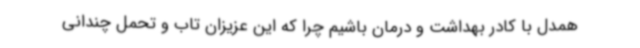
همدل با کادر بهداشت و درمان باشیم چرا که این عزیزان تاب و تحمل چندانی